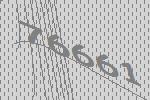
76661